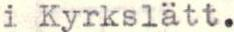
i Kyrkslätt.